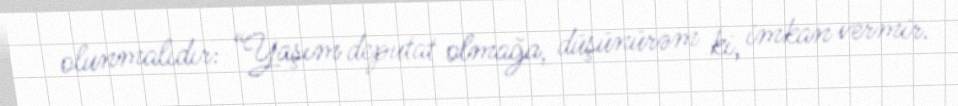
olunmalıdır: “Yaşım deputat olmağa, düşünürəm ki, imkan vermir.